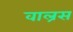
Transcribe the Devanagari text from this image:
वाल्रस